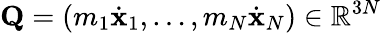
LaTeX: {\mathbf Q}=(m_{1}{\dot{\mathbf x}}_{1},\dots,m_{N}{\dot{\mathbf x}}_{N})\in\mathbb R^{3N}